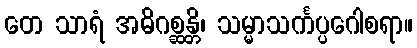
တေ သာရံ အဓိဂစ္ဆန္တိ၊ သမ္မာသင်္ကပ္ပဂေါစရာ။